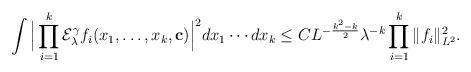
LaTeX: \begin{align*} \int \Big| \prod_{i=1}^k \mathcal E_\lambda^\gamma f_i (x_1,\dots,x_k,\mathbf c) \Big|^2 d x_1 \cdots d x_k \le C L^{-\frac{k^2-k}{2}}\lambda^{- k } \prod_{i=1}^k \| f_i \|^2_{L^2}. \end{align*}